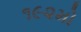
૧૯૨મો